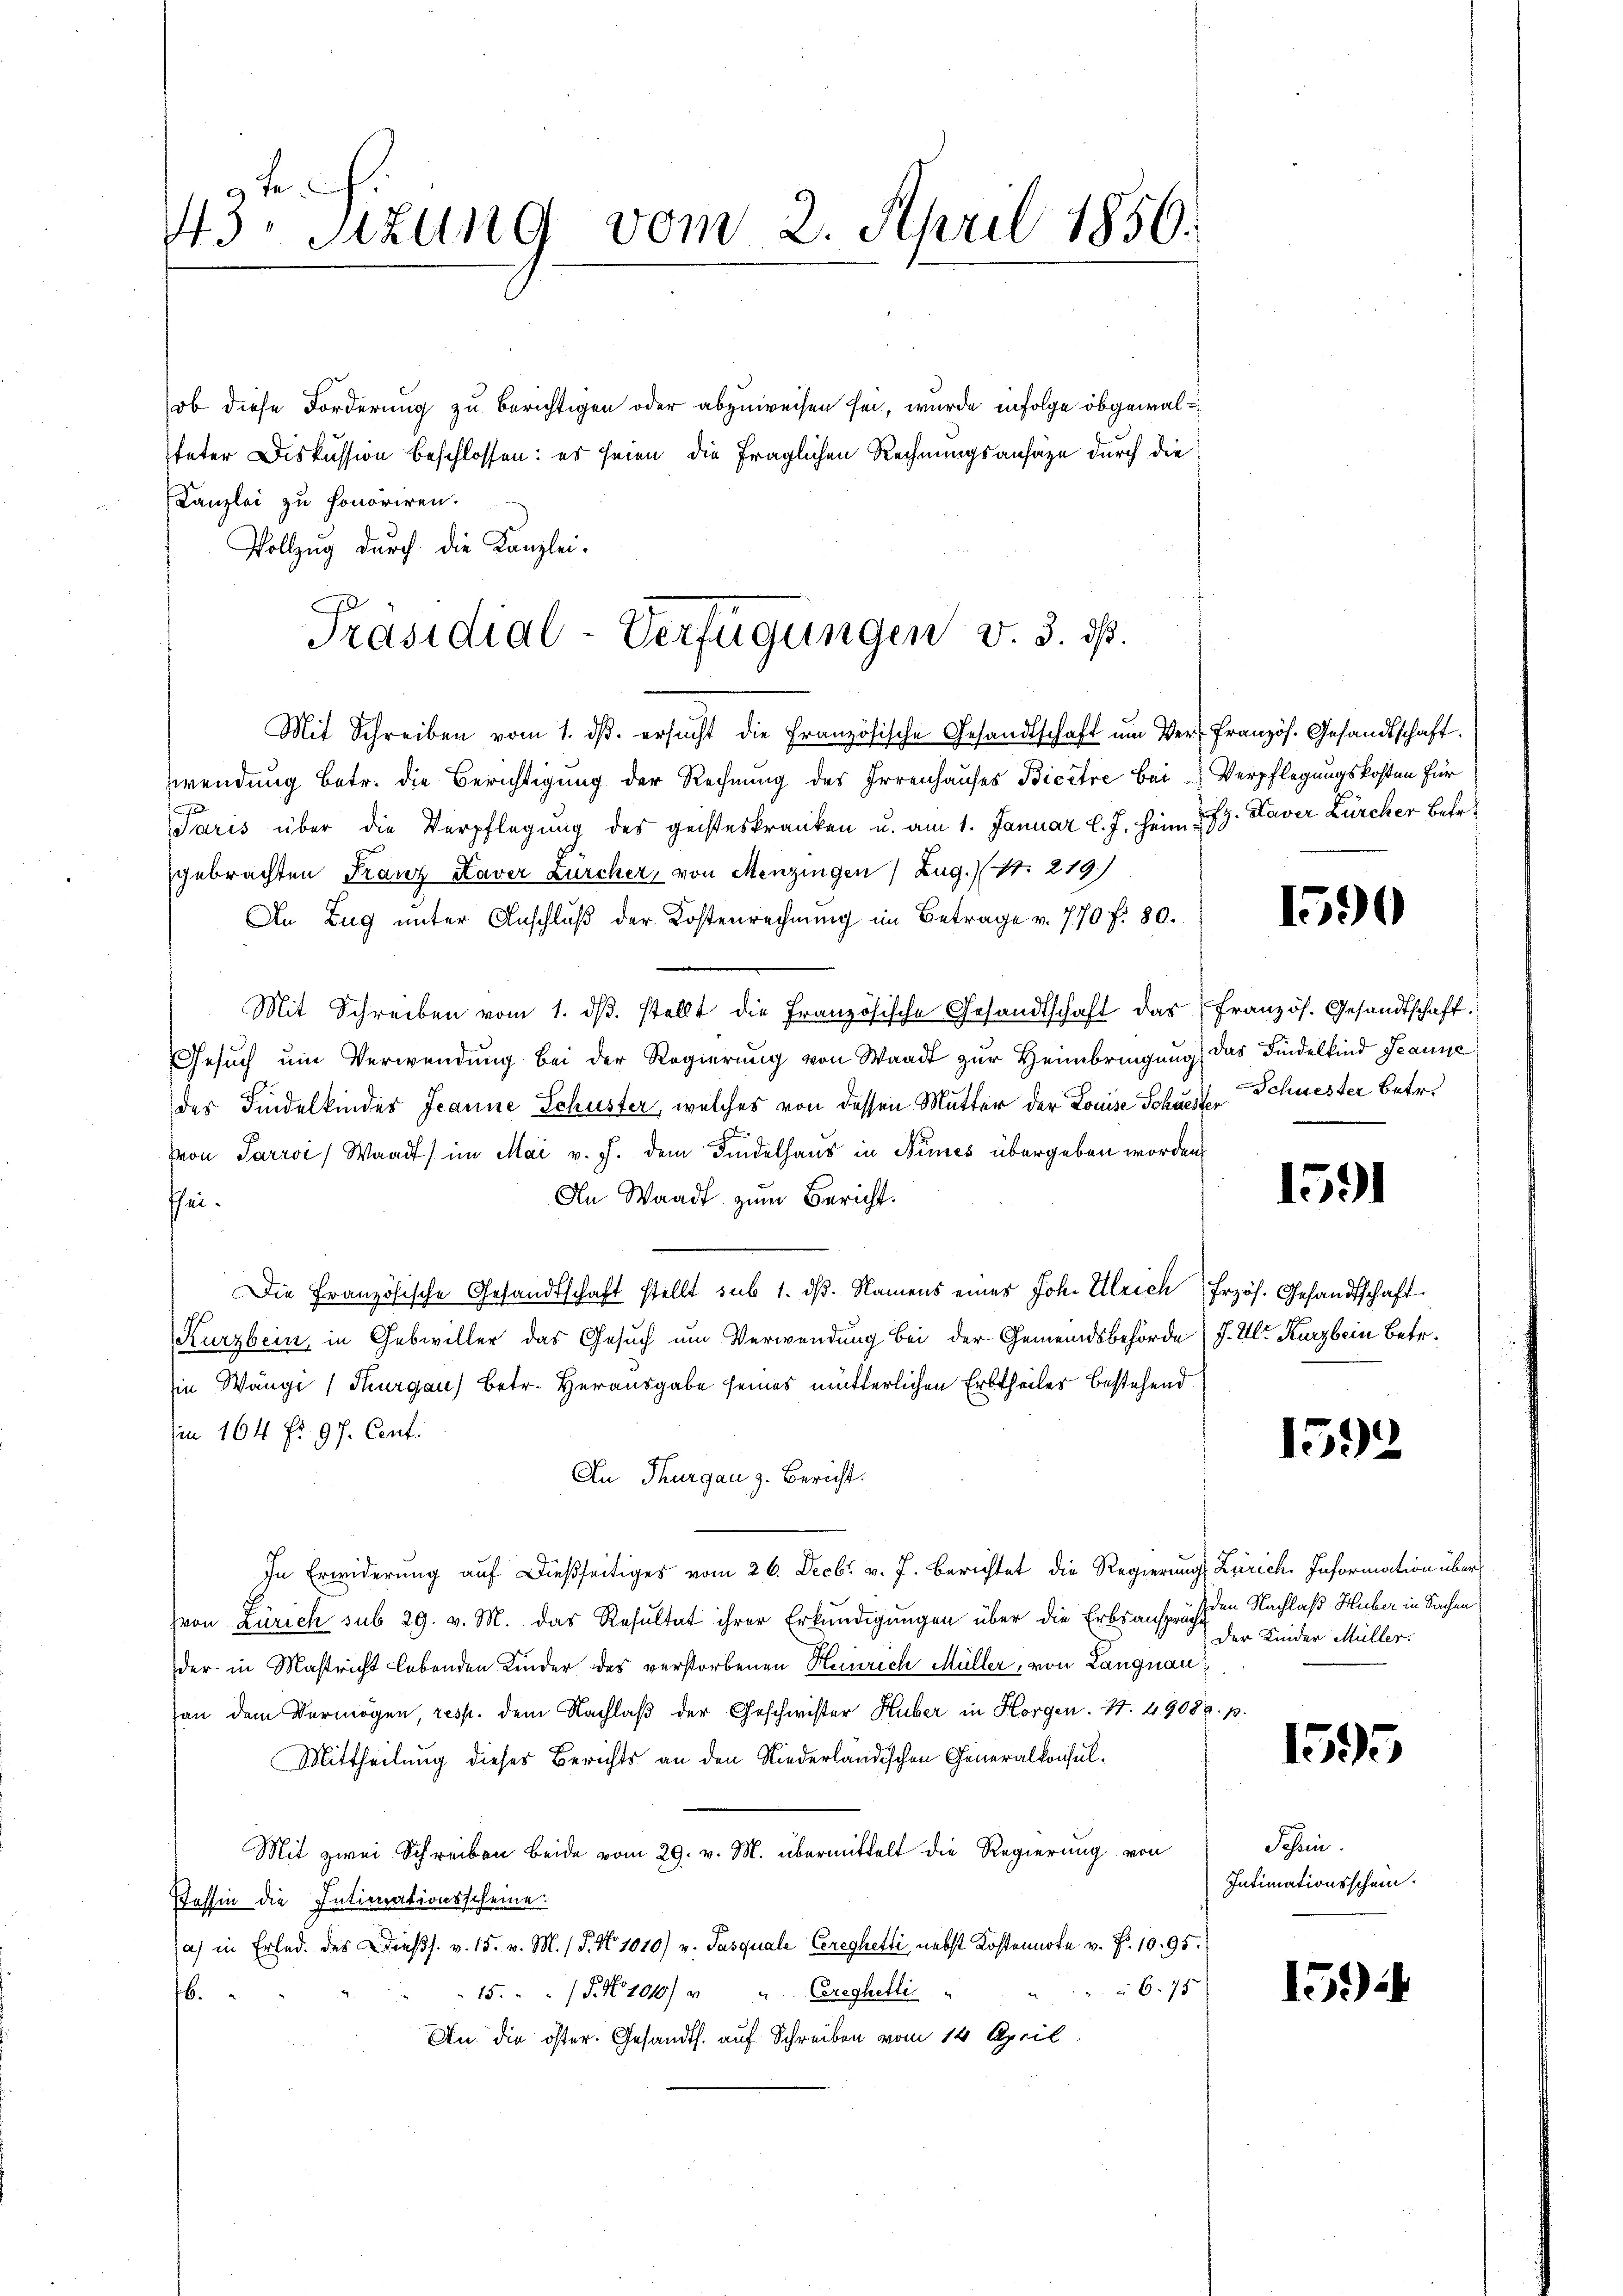
te
43. Sitzung vom 2. April 1856.

ob diese Forderung zu berichtigen oder abzuweisen sei, wurde infolge obgewalteter Diskussion beschlossen: es seien die fraglichen Rechnungsansähe durch die
Kanzlei zu honoriren.
Mit Schreiben vom 1. dβ. ersŭcht die Französische Gesandtschaft ŭm Ver-Französ. Gesandtschaft.
wendung betr. die Berichtigung der Rechnung des Irrenhauses Bicêtre bei Verpflegungskosten für
Paris über die Verpflegung des geisteskranken u. am 1. Januar l. J. heim u. 79. Xaver Zürcher betr.
gebrachten Franz Kaver Zürcher, von Menzingen) Zug. 11. 219.
An Zug unter Anschlŭβ der Kostenrechnŭng im Betrage v. 770 f. 80.
Mit Schreiben vom 1. dβ. stellt die Französische Gesandtschaft das französ. Gesandtschaft.
Gesŭch ŭm Verwendung bei der Regierung von Waadt zur Heimbringung, das Findelkind Jeanne
des Findelkinder Jeanne Schuster, welches von dessen Mutter der Louise Schuester Schuester Betr.
Von Parrvi, Waadt) im Mai v. J. dem Findelhaus in Numes übergeben worden
An Waadt zum Bericht.
schei
Die Französische Gesandtschaft stellt sub 1. dβ. Namens eines Joh. Ulrich frzös. Gesandtschaft
Kurzbein, in Gebwviller das Gesuch um Verwendung bei der Gemeindsbehörde (J. Ulr. Kurzbein Betr.
sie Wangi (Thurgau) betr. Herausgabe seines mütterlichen Erbtheiles bestehend
imn 164 fr. 97. Cent.
An Thurgau z. Bericht.
In Erwiderung auf dießseitiges vom 26. Decbr. v. J. berichtet die Regierung Zürich. Information übervon Zürich sub 29. v. M. das Resultat ihrer Erkundigungen über die Erbsanspruche
der in Mastricht lebenden Kinder des verstorbenen Heinrich Müller, von Langnau
an dem Vermögen, resp. dem Nachlaß der Geschwister Huber in Horgen. N. 49086. p.
Mittheilung dieses Berichts an den Niederländischen Generalkonsul¬
Mit zwei Schreiben beide vom 29. v. M. übermittelt die Regierung von
Jassin die Intimationsscheine.
a) in Erlede des Diess. v. 15. v. M. (T. No 1010) u. Pasquale Cereghetti, nebst Kostennote v. Fr. 1095.
 675
15. 5. No 1010/ " " Creghelli
6.
An. die öster. Gesandts. auf Schreiben vom 14. April

Vollzug durch die Kanzlei-
Präsidial-Verfügungen v. 3. ds.

1590

1591

1592

den Nachlaß Huber in Sachen
Der Kinder Müller.

1595

Jahren.
Intimationsschein.

15)